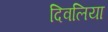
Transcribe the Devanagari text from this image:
दिवलिया